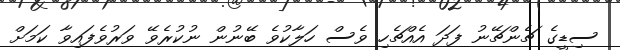
ސިޑީގެ ޗެންޗޭނު ފަދަ އެއްޗެހި ވެސް ހަލާކުވެ ބޭނުން ނުކުރެވޭ ވަރުވެފައިވާ ކަމަށް